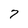
Character: 7